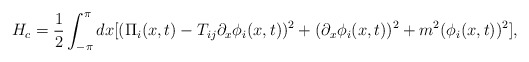
\begin{align*}H_{c}=\frac{1}{2}\int_{-\pi}^{\pi}dx[(\Pi_{i}(x,t)-T_{ij}\partial_{x}\phi_{i}(x,t))^{2}+(\partial_{x}\phi_{i}(x,t))^{2}+m^{2}(\phi_{i}(x,t))^{2}],\end{align*}